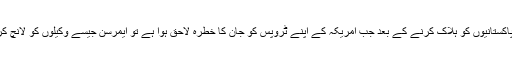
ہزاروں افغانوں اور پاکستانیوں کو ہلاک کرنے کے بعد جب امریکہ کے اپنے ٹروپس کو جان کا خطرہ لاحق ہوا ہے تو ایمرسن جیسے وکیلوں کو لانچ کرنے کا خیال آیا ہے۔